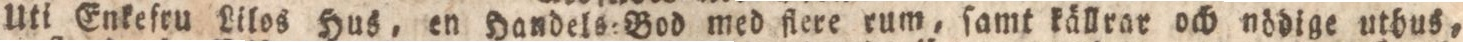
Uti Enkeſru Lilos Hus, en Handels:Bod med flere rum, ſamt källrar och nödige uthus,